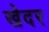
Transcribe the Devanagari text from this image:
खेदर